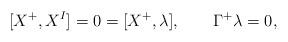
LaTeX: \begin{align*}[X^{+},X^{I}] = 0 = [X^{+},\lambda], \qquad \Gamma^{+}\lambda =0,\end{align*}